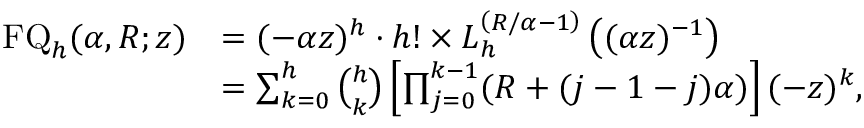
{ \begin{array} { r l } { \operatorname { F Q } _ { h } ( \alpha , R ; z ) } & { = ( - \alpha z ) ^ { h } \cdot h ! \times L _ { h } ^ { \left( R / \alpha - 1 \right) } \left( ( \alpha z ) ^ { - 1 } \right) } \\ & { = \sum _ { k = 0 } ^ { h } { \binom { h } { k } } \left[ \prod _ { j = 0 } ^ { k - 1 } ( R + ( j - 1 - j ) \alpha ) \right] ( - z ) ^ { k } , } \end{array} }